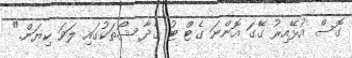
ގޮސް އުޅޭއިރު ގޭގަ އޮންނަ ގެޓް ޓު ގެދާ ޝޯތަކުގައި ލަވަ ކިޔަން."